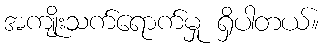
အကျိုးသက်ရောက်မှု ရှိပါတယ်။